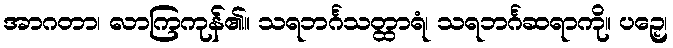
အာဂတာ၊ လာကြကုန်၏။ သရဘင်္ဂသတ္ထာရံ၊ သရဘင်္ဂဆရာကို။ ပဉှေ၊